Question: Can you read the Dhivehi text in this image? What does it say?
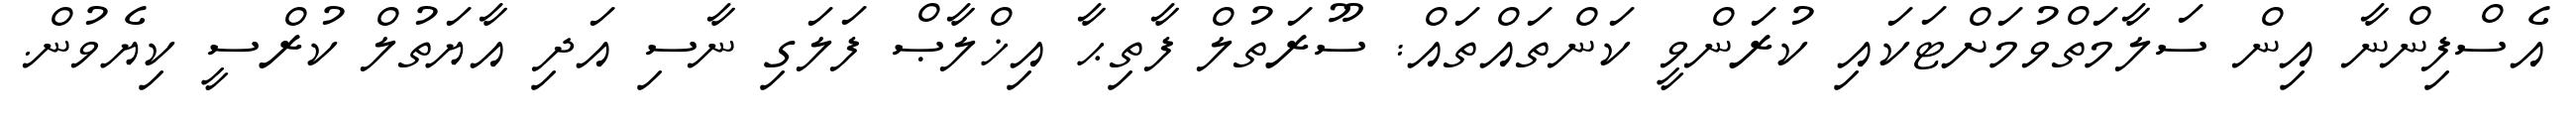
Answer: އެސްފިންނާ އިން ސަލާމަތްވުމަށްޓަކައި ކުރަންވީ ކަންތައްތައް: ސޫރަތުލް ފާތިޙާ އިޚްލާޞް ފަލަގި ނާސި އަދި އާޔަތުލް ކުރްސީ ކިޔެވުން.